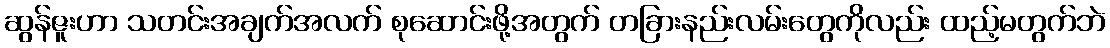
ဆွန်ဇူးဟာ သတင်းအချက်အလက် စုဆောင်းဖို့အတွက် တခြားနည်းလမ်းတွေကိုလည်း ထည့်မတွက်ဘဲ